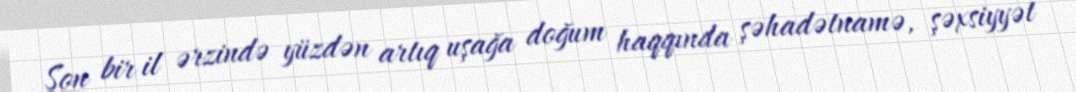
Son bir il ərzində yüzdən artıq uşağa doğum haqqında şəhadətnamə, şəxsiyyət